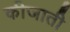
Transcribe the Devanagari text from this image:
कीजाती